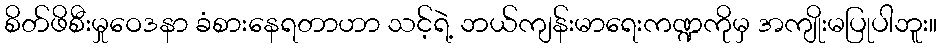
စိတ်ဖိစီးမှုဝေဒနာ ခံစားနေရတာဟာ သင့်ရဲ့ ဘယ်ကျန်းမာရေးကဏ္ဍကိုမှ အကျိုးမပြုပါဘူး။